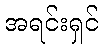
အရင်းရှင်